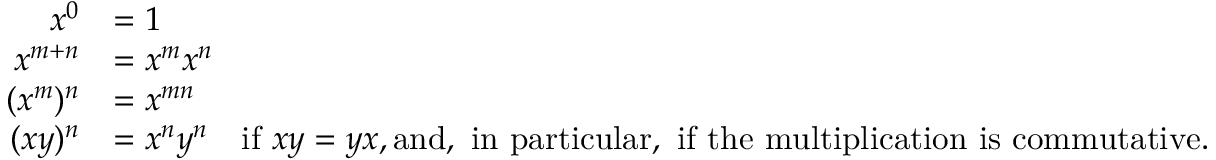
{ \begin{array} { r l } { x ^ { 0 } } & { = 1 } \\ { x ^ { m + n } } & { = x ^ { m } x ^ { n } } \\ { ( x ^ { m } ) ^ { n } } & { = x ^ { m n } } \\ { ( x y ) ^ { n } } & { = x ^ { n } y ^ { n } \quad { \mathrm { i f ~ } } x y = y x , { \mathrm { a n d , ~ i n ~ p a r t i c u l a r , ~ i f ~ t h e ~ m u l t i p l i c a t i o n ~ i s ~ c o m m u t a t i v e . } } } \end{array} }